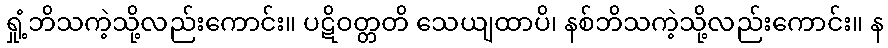
ရှုံ့ဘိသကဲ့သို့လည်းကောင်း။ ပဋိဝတ္တတိ သေယျထာပိ၊ နစ်ဘိသကဲ့သို့လည်းကောင်း။ န